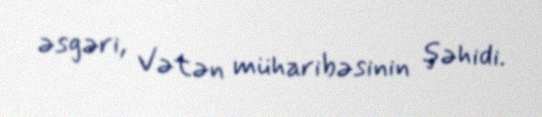
əsgəri, Vətən müharibəsinin şəhidi.